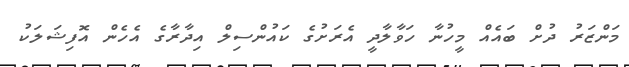
މަންޒަރު ދުށް ބައެއް މީހުނާ ހަވާލާދީ އެރަށުގެ ކައުންސިލް އިދާރާގެ އެހެން އޮފިޝަލަކު